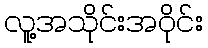
လူ့အသိုင်းအဝိုင်း